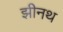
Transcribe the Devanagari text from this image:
झीनथ